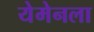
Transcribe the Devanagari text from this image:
येमेनला